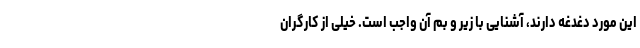
این مورد دغدغه دارند، آشنایی با زیر و بم آن واجب است. خیلی از کارگران